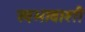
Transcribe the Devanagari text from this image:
स्वभावाशी